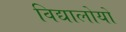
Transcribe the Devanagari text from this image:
विद्यालोयों